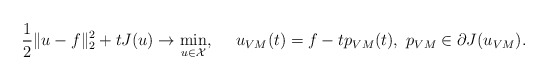
\begin{align*}\frac{1}2 \Vert u - f \Vert_2^2 + t J(u) \rightarrow \min_{u \in {\cal X}}, \ \ \ \ u_{VM}(t) = f - t p_{VM}(t), \ p_{VM} \in \partial J(u_{VM}) .\end{align*}